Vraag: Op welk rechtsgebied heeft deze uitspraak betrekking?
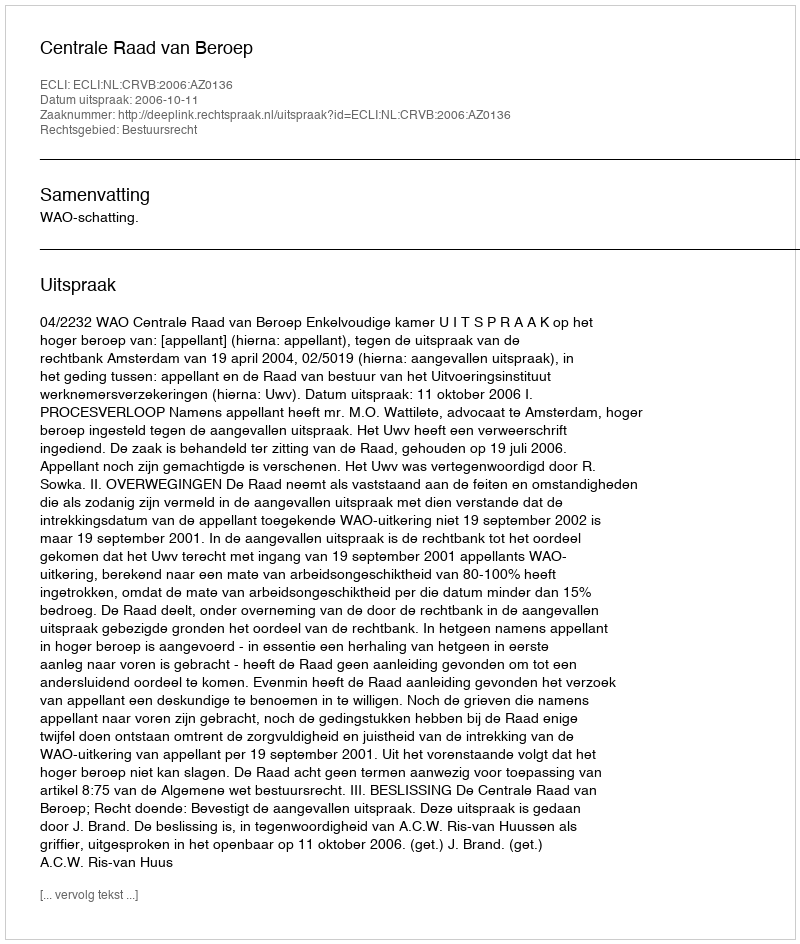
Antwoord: Bestuursrecht